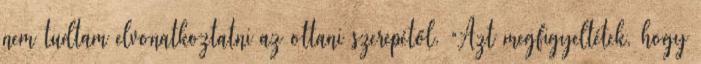
nem tudtam elvonatkoztatni az ottani szerepétől. “Azt megfigyeltétek, hogy